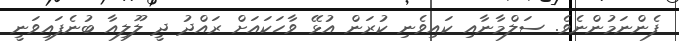
ފެންނަމުންނެވެ. ސަލްމާނާއި ކައިވެނި ކުރަން އުޅޭ ވާހަކައަށް ރައްދު ދީ ލޫލިއާ ބުނެފައިވަނީ